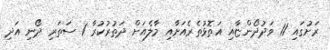
ރަށުގައި 11 ވަދުދޯންޏާއި އަތޮޅުތެރެއަށާއި މާލެއަށް ދަތުރުކުރާ 1 ސަތަރި ދޯނި އަދި